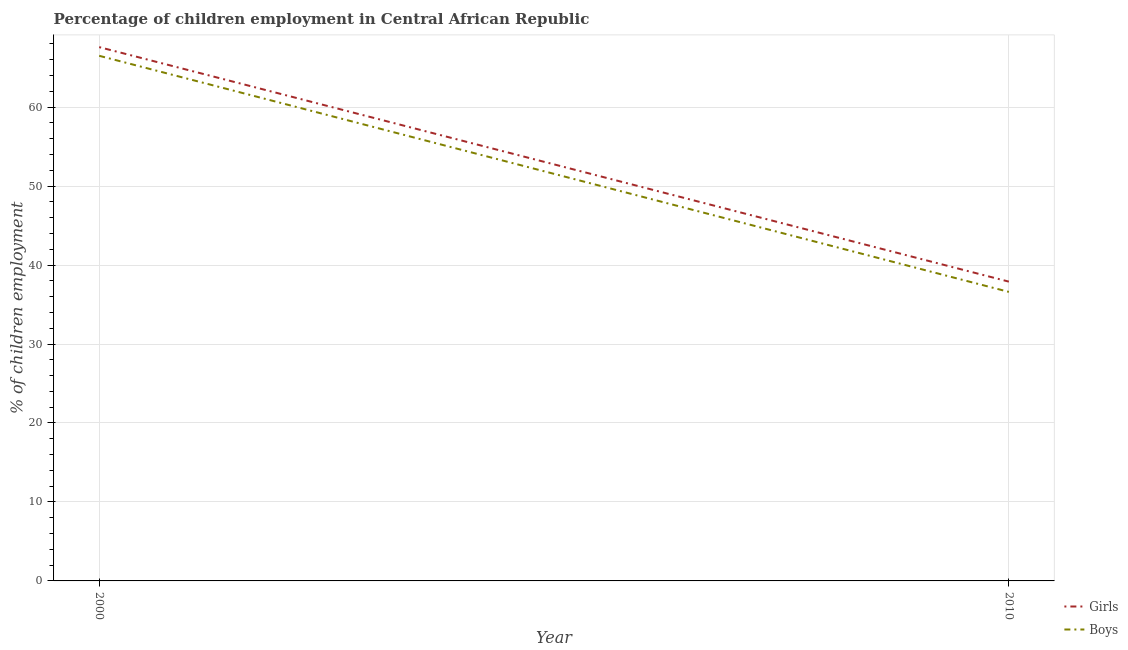
| Year | Girls | Boys |
 | --- | --- | --- |
 | 2000 | 67.6 | 66.5 |
 | 2010 | 37.9 | 36.6 |